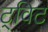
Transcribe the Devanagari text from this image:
ट्‌विट